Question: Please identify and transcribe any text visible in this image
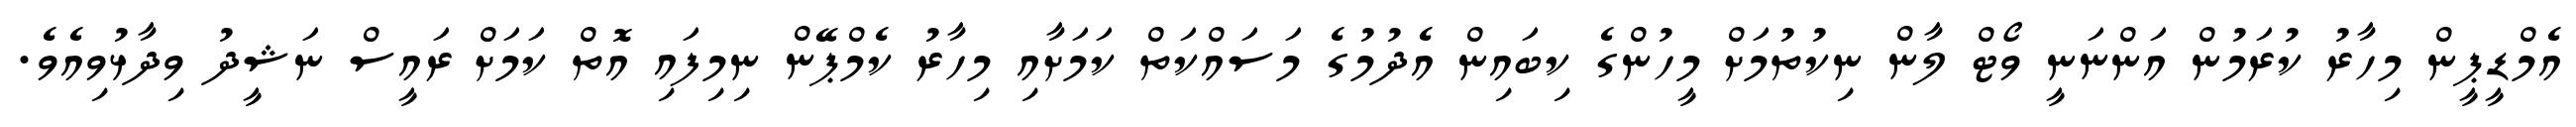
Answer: އެމްޑީޕީން މިހާރު ކުރަމުން އަންނަނީ ވޯޓް ލާން ނިކުތުމަށް މީހުންގެ ކިބައިން އެދުމުގެ މަސައްކަތް ކަމަށާއި މިހާރު ކެމްޕޭން ނިމިފައި އޮތް ކަމަށް ރައީސް ނަޝީދު ވިދާޅުވިއެވެ.